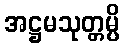
အဋ္ဌမသုတ္တမ္ပိ